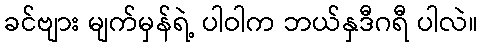
ခင်ဗျား မျက်မှန်ရဲ့ ပါဝါက ဘယ်နှဒီဂရီ ပါလဲ။